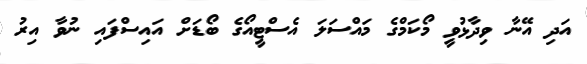
އަދި އޭނާ ވިދާޅުވީ މޯކަމްގެ މައްސަލަ އެސްޓީއޯގެ ބޯޑަށް އައިސްފައި ނުވާ އިރު